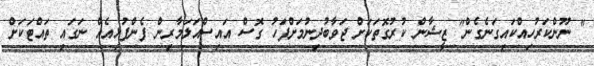
" ނޫންކަރުހިއްކައިގަނެގެން" ޒީޝާން ކުރުގޮތަކަށް ޖަވާބުދިނުމަށްފަހު ގޮސް އައިސްއަލަމާރިން ފެންފުޅިއެއް ނަގައި ތައްޓަކަށް